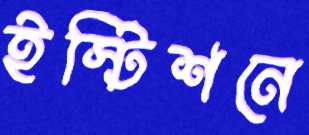
ইস্টিশনে